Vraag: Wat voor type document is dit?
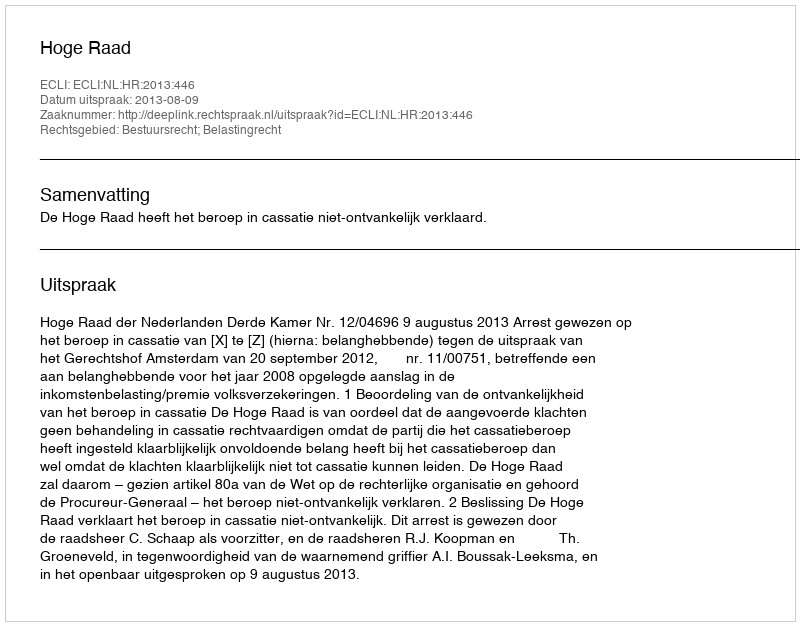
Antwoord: Uitspraak